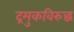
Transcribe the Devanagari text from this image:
द्रमुकविरुद्ध